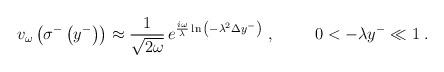
LaTeX: \begin{align*}v_{\omega}\left(\sigma^-\left(y^-\right)\right)\approx{1\over\sqrt{2\omega}}\,e^{{{i\omega}\over\lambda}\ln{\left(-\lambda^2\Delta y^-\right)}}\ ,\hspace{1cm}0<-\lambda y^-\ll 1\;.\end{align*}